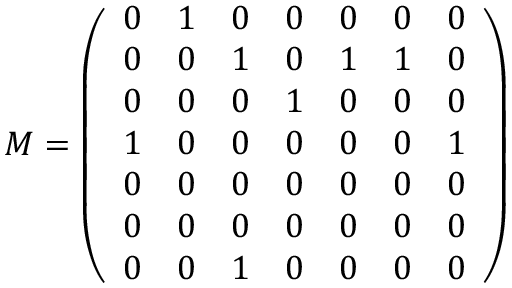
M = \left( \begin{array} { c c c c c c c } { 0 } & { 1 } & { 0 } & { 0 } & { 0 } & { 0 } & { 0 } \\ { 0 } & { 0 } & { 1 } & { 0 } & { 1 } & { 1 } & { 0 } \\ { 0 } & { 0 } & { 0 } & { 1 } & { 0 } & { 0 } & { 0 } \\ { 1 } & { 0 } & { 0 } & { 0 } & { 0 } & { 0 } & { 1 } \\ { 0 } & { 0 } & { 0 } & { 0 } & { 0 } & { 0 } & { 0 } \\ { 0 } & { 0 } & { 0 } & { 0 } & { 0 } & { 0 } & { 0 } \\ { 0 } & { 0 } & { 1 } & { 0 } & { 0 } & { 0 } & { 0 } \end{array} \right)